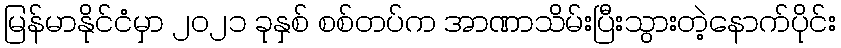
မြန်မာနိုင်ငံမှာ ၂၀၂၁ ခုနှစ် စစ်တပ်က အာဏာသိမ်းပြီးသွားတဲ့နောက်ပိုင်း